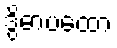
ဒွိဓာပထော